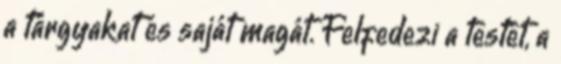
a tárgyakat és saját magát. Felfedezi a testét, a